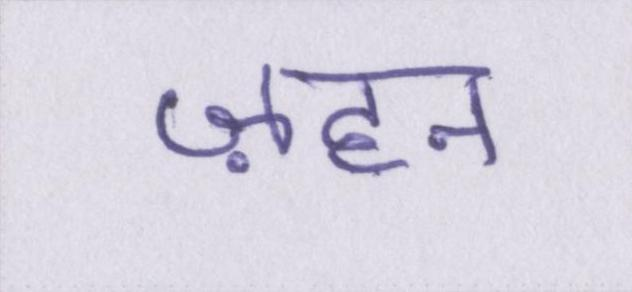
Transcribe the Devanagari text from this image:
ज़हन